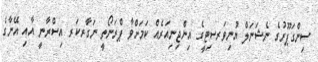
ސިންގަޕޫރުގެ ނެޝަނަލް ޔުނިވަރސިޓީގެ އިންޖިނިއަރެއް ކަމަށްވާ ޕްރަނޯތީ ނަގާރކަރ އިސްރާނީ އާއި އޭނާގެ